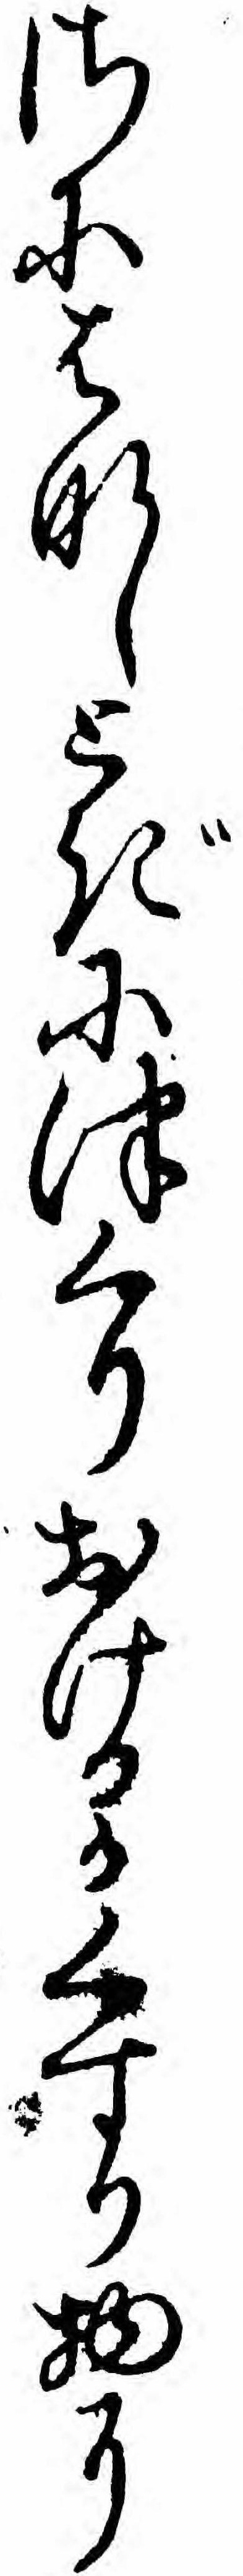
さにはなしとぎにつくりおけるかくすり物に